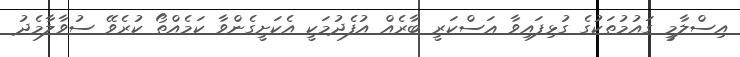
އިސްލާމީ ގައުމުތަކުގެ ގުޅިފައިވާ ޢަސްކަރީ ބާރެއް އުފެދުމަކީ އެކަށީގެންވާ ކަމެއްތޯ ކުރެވޭ ސުވާލާމެދު